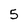
Character: 5